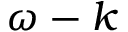
\omega - k